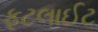
ફૂટલાઈટ